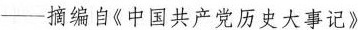
——摘编自《中国共产党历史大事记》